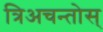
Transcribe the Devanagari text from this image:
त्रिअचन्तोस्